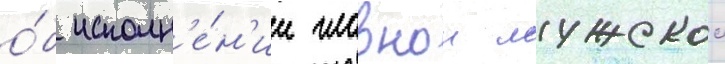
о́б исполн'е́н'ии главнои мужскои